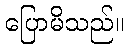
ပြောမိသည်။